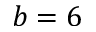
b = 6